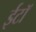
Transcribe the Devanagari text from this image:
ईटॉ